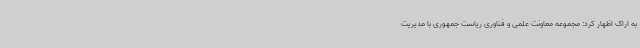
به اراک اظهار کرد: مجموعه معاونت علمی و فناوری ریاست جمهوری با مدیریت